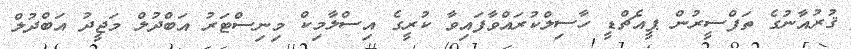
ޤުރުއާނުގެ ތަފްސީރުން ޕީއެޗްޑީ ހާސިލްކުރައްވާފައިވާ ކުރީގެ އިސްލާމިކް މިނިސްޓަރު އަބްދުލް މަޖީދު އަބްދުލް